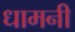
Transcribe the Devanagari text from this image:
धामनी